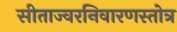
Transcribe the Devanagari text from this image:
सीताज्वरनिवारणस्तोत्र